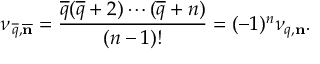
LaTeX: \nu _ { \, \overline { { q } } , \overline { { { \bf n } } } } = { \frac { \overline { { q } } ( \overline { { q } } + 2 ) \cdots ( \overline { { q } } + n ) } { ( n - 1 ) ! } } = ( - 1 ) ^ { n } \nu _ { q , { \bf n } } .